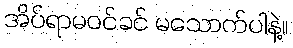
အိပ်ရာမဝင်ခင် မသောက်ပါနဲ့။